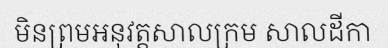
មិនព្រមអនុវត្តសាលក្រម សាលដីកា